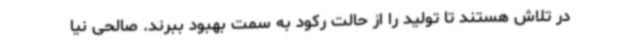
در تلاش هستند تا تولید را از حالت رکود به سمت بهبود ببرند. صالحی نیا